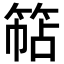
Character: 𮅠